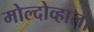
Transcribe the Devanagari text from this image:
मोल्दोव्हाला